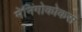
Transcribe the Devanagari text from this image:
मेनिंगोकोकस